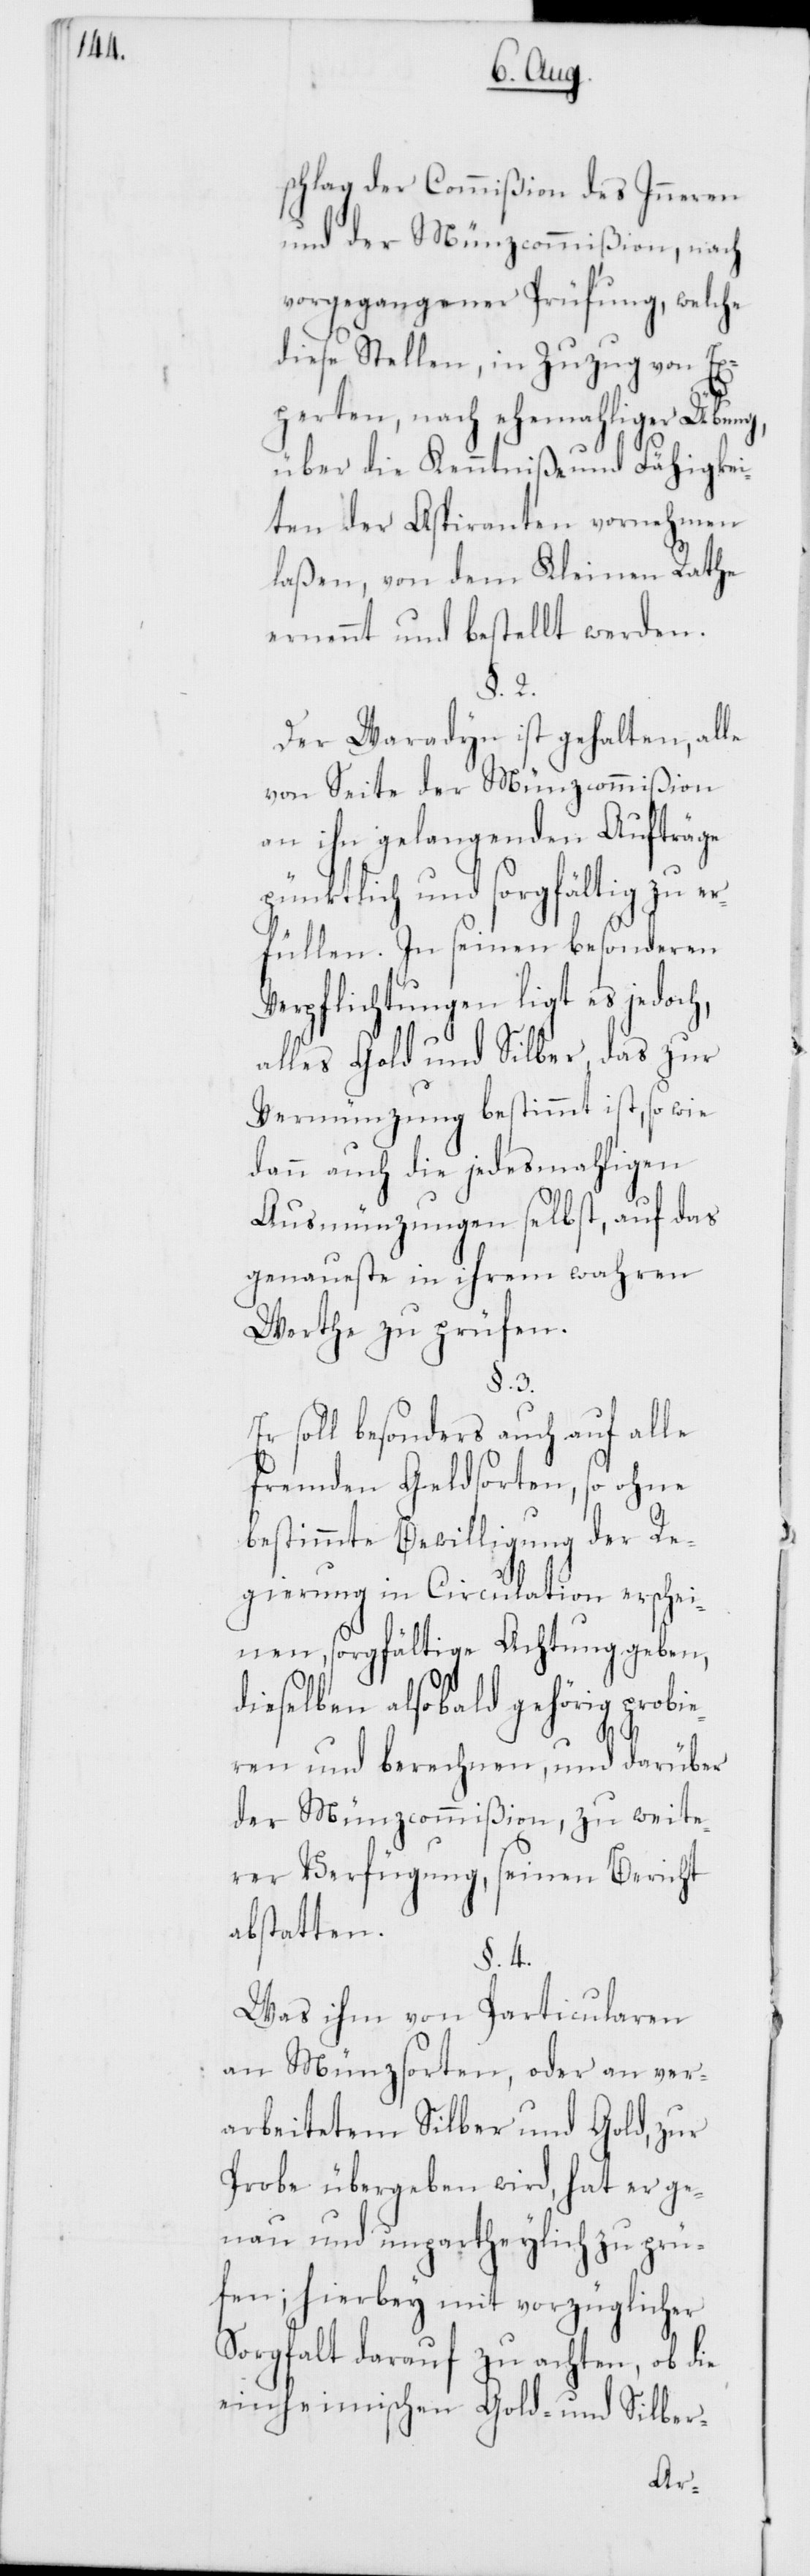
schlag der Commißion des Inneren
und der Münzcommißion, nach
vorgegangener Prüfung, welche
diese Stellen, in Zuzug von Ex¬
perten, nach ehemahliger Übung,
über die Kenntniße und Fähigkei¬
ten der Aspiranten vornehmen
laßen, von dem Kleinen Rathe
ernennt und bestellt werden.
§. 2.
Der Waradyn ist gehalten, alle
von Seite der Münzcommißion
an ihn gelangenden Aufträge
pünktlich und sorgfältig zu er¬
füllen. In seinen besonderen
Verpflichtungen ligt es jedoch,
alles Gold und Silber, das zur
Vermünzung bestimmt ist, so wie
dann auch die jedesmahligen
Ausmünzungen selbst, auf das
genaueste in ihrem wahren
Werthe zu prüfen.
§. 3.
Er soll besonders auch auf alle
fremden Geldsorten, so ohne
bestimmte Bewilligung der Re¬
gierung in Circulation erschei¬
nen, sorgfältige Achtung geben,
dieselben alsobald gehörig probie¬
ren und berechnen, und darüber
der Münzcommißion, zu weite¬
rer Verfügung, seinen Bericht
abstatten.
§. 4.
Was ihm von Particularen
an Münzsorten, oder an ver¬
arbeitetem Silber und Gold, zur
Probe übergeben wird, hat er ge¬
nau und unpartheylich zu prü¬
fen; hierbey mit vorzüglicher
Sorgfalt darauf zu achten, ob die
einheimischen Gold- und Silber-